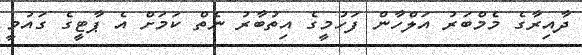
ދާއިރާގެ މެމްބަރު އަލްހާން ފަހުމީގެ އިތުބާރު ނެތް ކަމަށް އެ ޕާޓީގެ ގައުމީ